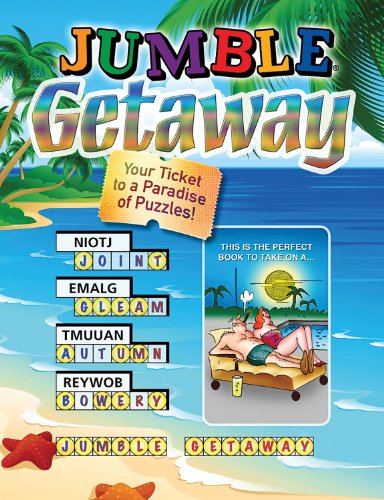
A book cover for JumbleÂ® Getaway: Your Ticket to a Paradise of Puzzles! (JumblesÂ®); Tribune Media Services; Humor & Entertainment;